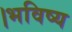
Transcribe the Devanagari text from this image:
।भविष्य